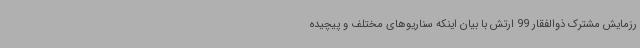
رزمایش مشترک ذوالفقار 99 ارتش با بیان اینکه سناریوهای مختلف و پیچیده